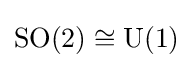
\operatorname {SO} (2)\cong \operatorname {U} (1)